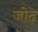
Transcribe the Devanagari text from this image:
जोढ़